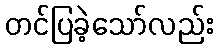
တင်ပြခဲ့သော်လည်း